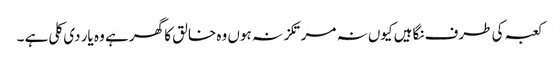
کعبہ کی طرف نگاہیں کیوں نہ مرتکز نہ ہوں وہ خالق کا گھر ہے وہ یار دی کلی ہے ۔